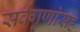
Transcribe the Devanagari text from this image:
सर्वगुणांसह